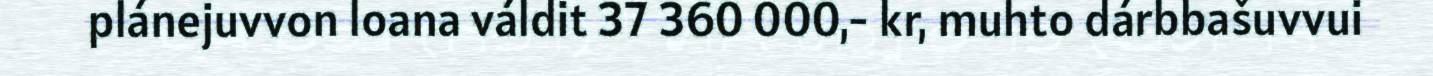
plánejuvvon loana váldit 37 360 000,- kr, muhto dárbbašuvvui